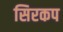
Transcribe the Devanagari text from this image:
सिरकप